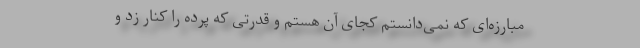
مبارزه‌ای که نمی‌دانستم کجای آن هستم و قدرتی که پرده را کنار زد و